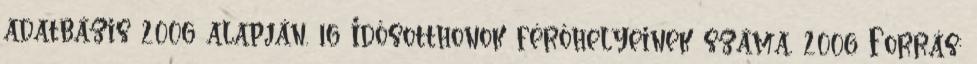
adatbázis 2006 alapján. 16 Idősotthonok férőhelyeinek száma, 2006 Forrás: